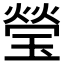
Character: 瑩